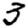
Digit: 3